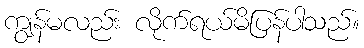
ကျွန်မလည်း လိုက်ရယ်မိပြန်ပါသည်။